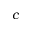
c